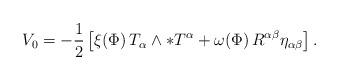
LaTeX: \begin{align*}V_0=-{1\over 2}\left[\xi(\Phi)\,T_\alpha\wedge\ast T^\alpha +\omega(\Phi)\, R^{\alpha\beta}\eta_{\alpha\beta}\right].\end{align*}